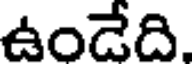
ఉండేది.